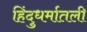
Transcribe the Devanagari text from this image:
हिंदुधर्मातली